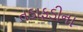
તડાફડીના